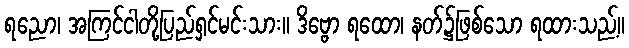
ရညော၊ အကြင်ငါတို့ပြည်ရှင်မင်းသား။ ဒိဗ္ဗော ရထော၊ နတ်၌ဖြစ်သော ရထားသည့်။